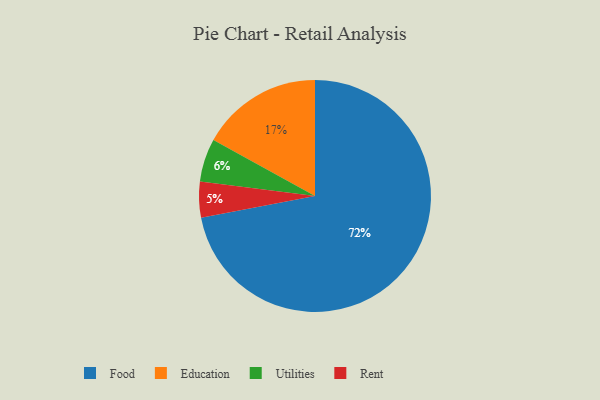
{"axis": {"x": "Category", "y": "Percentage"}, "legend": ["Education", "Food", "Rent", "Utilities"], "data": [{"x": "Education", "y": 17, "type": "Education"}, {"x": "Rent", "y": 5, "type": "Rent"}, {"x": "Utilities", "y": 6, "type": "Utilities"}, {"x": "Food", "y": 72, "type": "Food"}]}